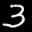
Label: 3